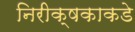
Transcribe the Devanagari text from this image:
निरीक्षकाकडे